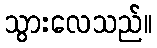
သွားလေသည်။